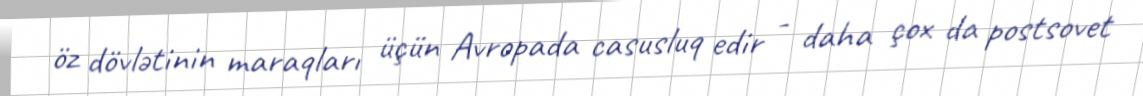
öz dövlətinin maraqları üçün Avropada casusluq edir - daha çox da postsovet